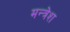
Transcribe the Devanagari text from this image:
मन्त्रेश